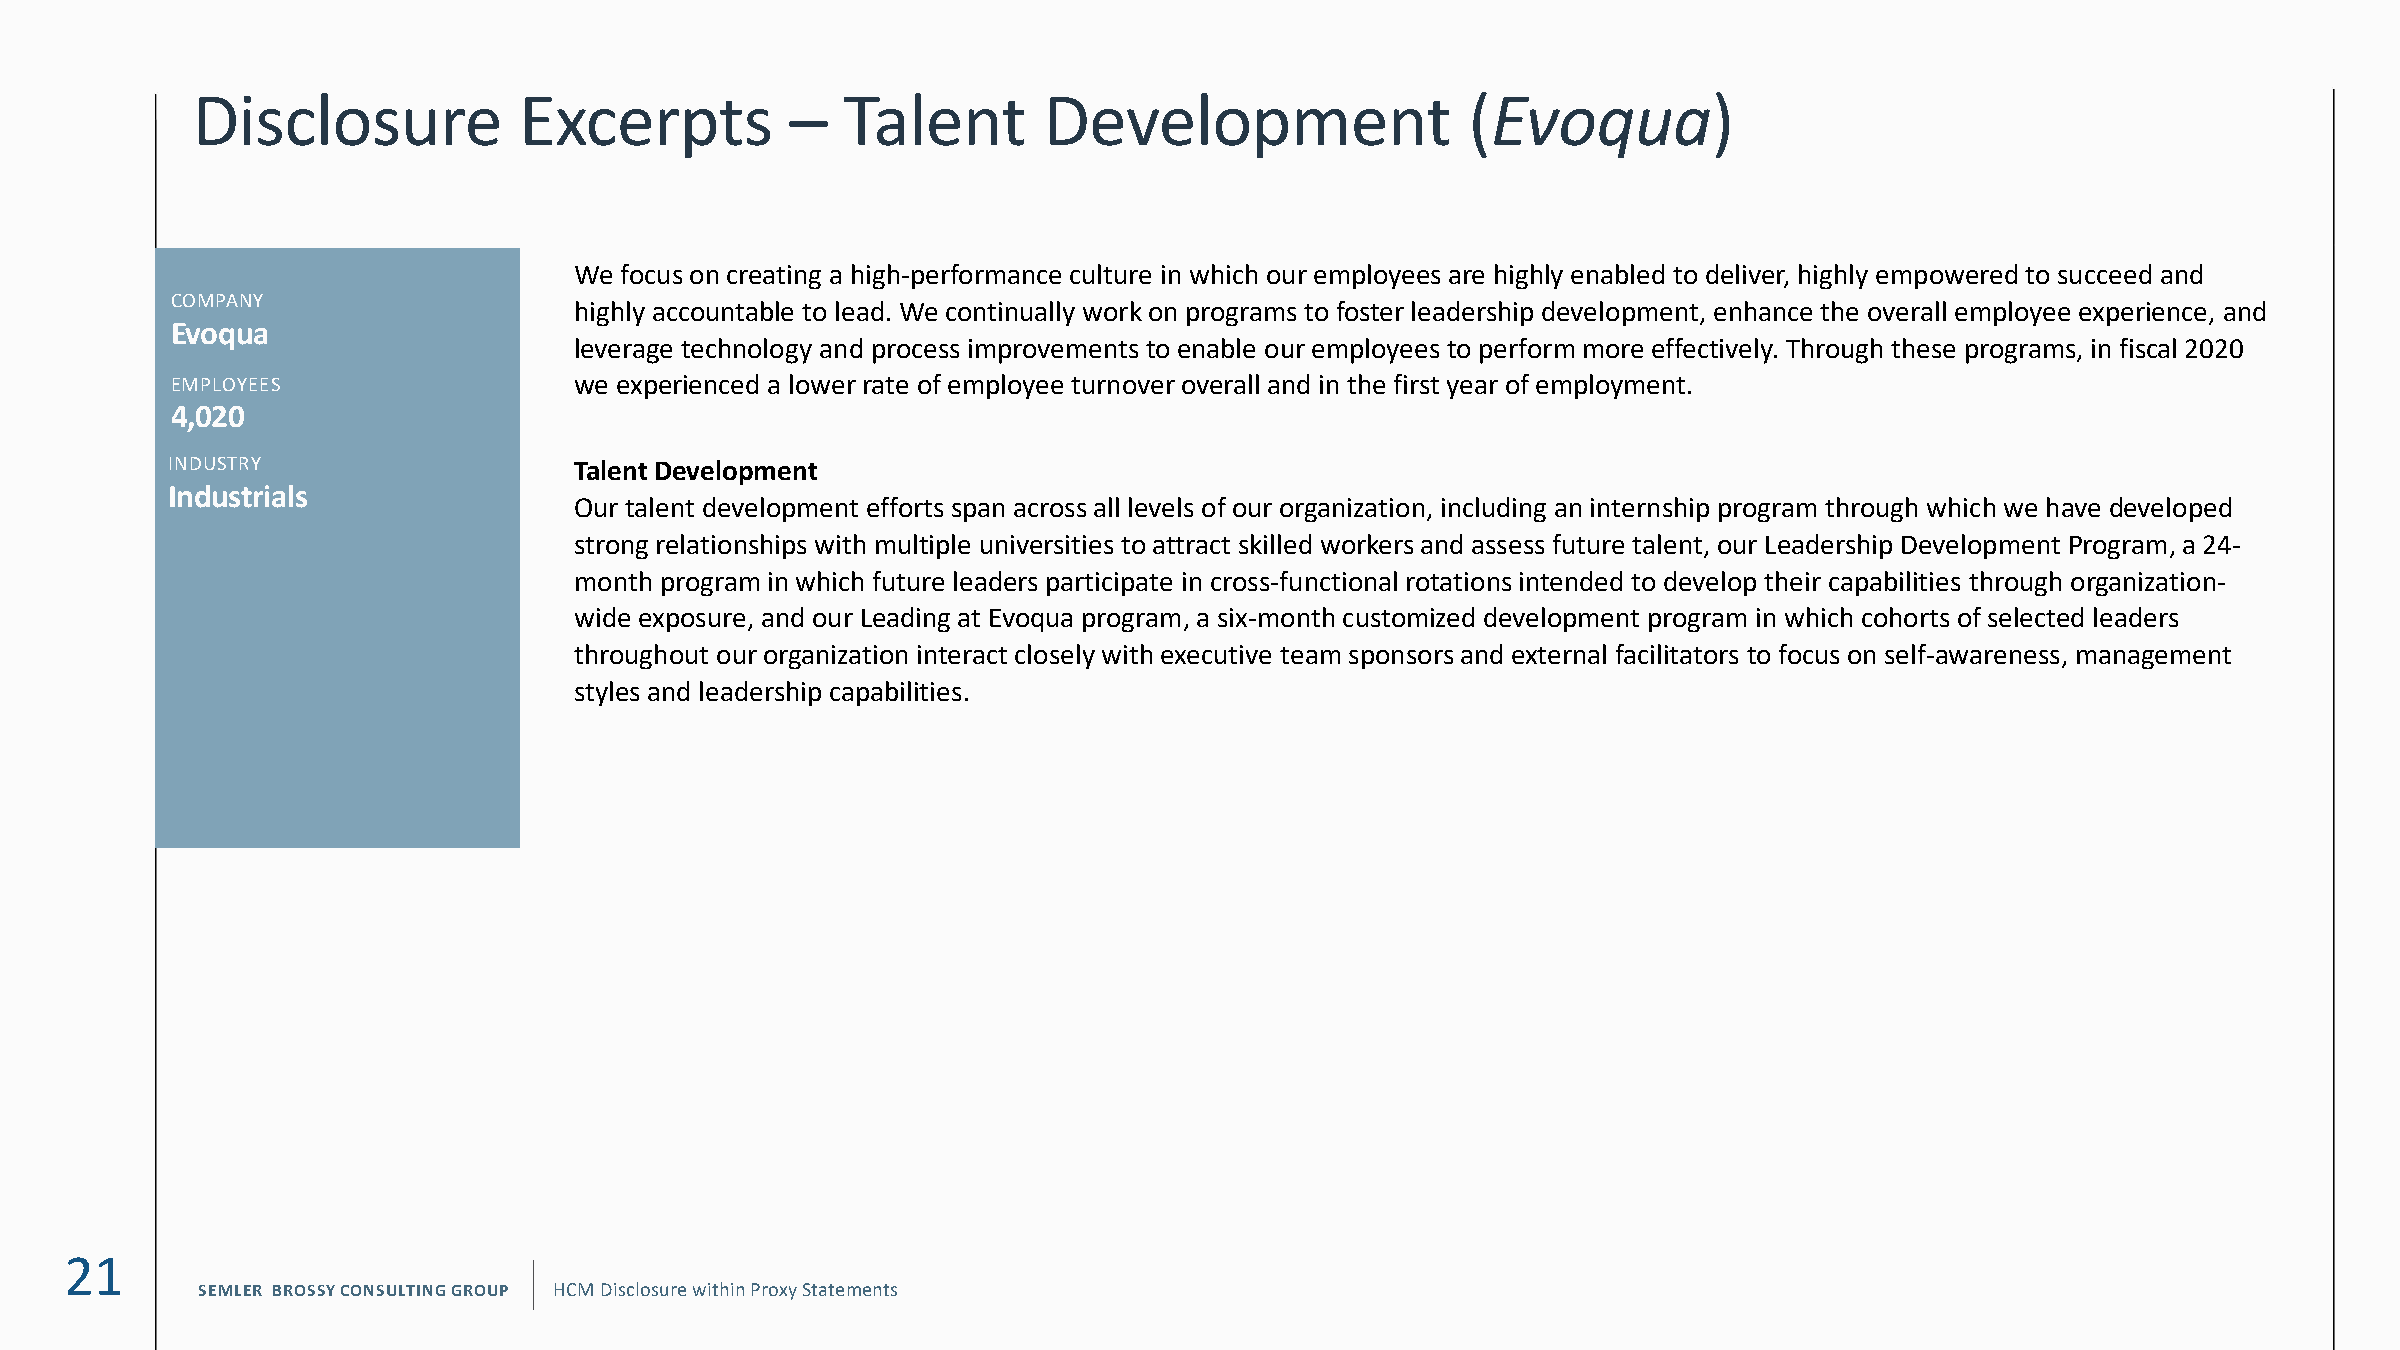
Disclosure           Excerpts          –   Talent       Development                 (Evoqua)
 We focus on creating a high-performance culture in which our employees are highly enabled to deliver, highly empowered to succeed and
 WEX
 COMPANY
 COMPANY
 highly accountable to lead. We continually work on programs to foster leadership development, enhance the overall employee experience, and
 Evoqua                                                                      FILING6/29/20
 leverage technology and process improvements to enable our employees to perform more effectively. Through these programs, in fiscal 2020
 EMPLOYEES                  we experienced a lower rate of employee turnover overall anFYdE DinA TtEh1e2 /f3ir1st year of employment.
 4,020
 INDUSTRY Information Technology
 INDUSTRY                   Talent Development
 Industrials
 Our talent development efforts span across all levels of our organization, including an internship program through which we have developed
 strong relationships with multiple universities to attract skilled workers and assess future talent, our Leadership Development Program, a 24-
 month program in which future leaders participate in cross-functional rotations intended to develop their capabilities through organization-
 wide exposure, and our Leading at Evoqua program, a six-month customized development program in which cohorts of selected leaders
 throughout our organization interact closely with executive team sponsors and external facilitators to focus on self-awareness, management
 styles and leadership capabilities.
 21
 SEMLER BROSSY CONSULTING GROUP HCM Disclosure within Proxy Statements